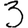
Digit: 3